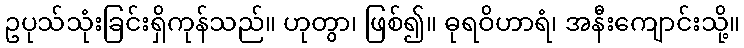
ဥပုသ်သုံးခြင်းရှိကုန်သည်။ ဟုတွာ၊ ဖြစ်၍။ ဓုရဝိဟာရံ၊ အနီးကျောင်းသို့။